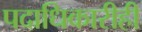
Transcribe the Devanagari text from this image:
पदाधिकारीही